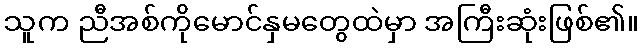
သူက ညီအစ်ကိုမောင်နှမတွေထဲမှာ အကြီးဆုံးဖြစ်၏။